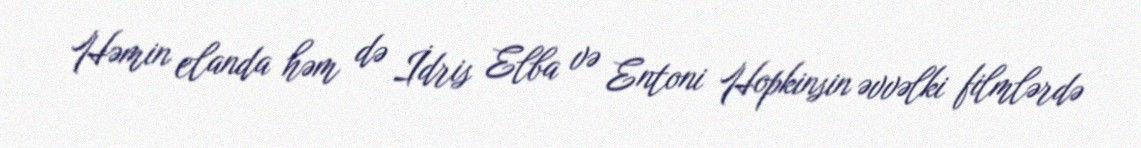
Həmin elanda həm də İdris Elba və Entoni Hopkinsin əvvəlki filmlərdə